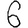
Digit: 6